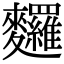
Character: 𪎆